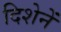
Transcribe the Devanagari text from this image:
दिशेनें